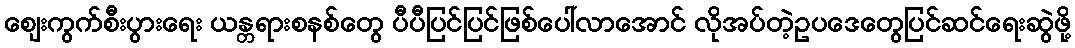
ဈေးကွက်စီးပွားရေး ယန္တရားစနစ်တွေ ပီပီပြင်ပြင်ဖြစ်ပေါ်လာအောင် လိုအပ်တဲ့ဥပဒေတွေပြင်ဆင်ရေးဆွဲဖို့